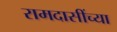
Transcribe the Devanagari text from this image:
रामदासींच्या